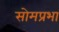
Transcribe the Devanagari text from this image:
सोमप्रभा